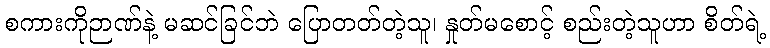
စကားကိုဉာဏ်နဲ့ မဆင်ခြင်ဘဲ ပြောတတ်တဲ့သူ၊ နှုတ်မစောင့် စည်းတဲ့သူဟာ စိတ်ရဲ့